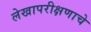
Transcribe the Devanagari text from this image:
लेखापरीक्षणाचे